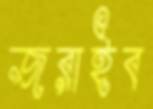
জরাইব